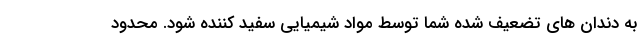
به دندان های تضعیف شده شما توسط مواد شیمیایی سفید کننده شود. محدود